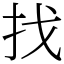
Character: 找